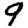
Digit: 9